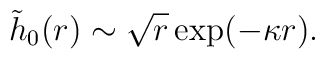
\tilde{h}_0(r)  \sim  \sqrt{r}  \exp(- \kappa r).